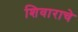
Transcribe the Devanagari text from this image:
शिवाराचे